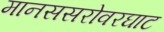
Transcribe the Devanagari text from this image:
मानससरोवरघाट